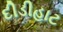
દીડીહાટ